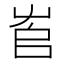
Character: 𡴎